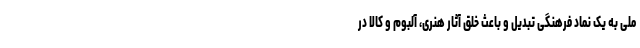
ملی به یک نماد فرهنگی تبدیل و باعث خلق آثار هنری، آلبوم و کالا در